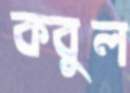
কবুল